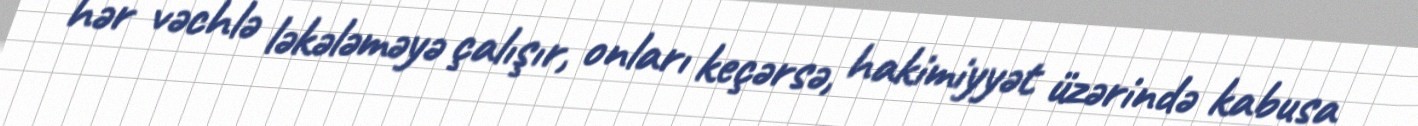
hər vəchlə ləkələməyə çalışır, onları keçərsə, hakimiyyət üzərində kabusa